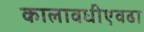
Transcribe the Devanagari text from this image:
कालावधीएवढा